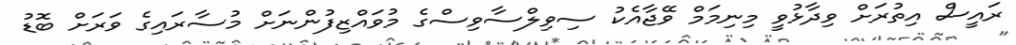
ރައީސް އިތުރަށް ވިދާޅުވީ މިނިމަމް ވޭޖާއެކު ސިވިލްސާވިސްގެ މުވައްޒިފުންނަށް މުސާރައިގެ ވަރަށް ބޮޑު